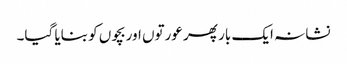
نشانہ ایک بار پھر عورتوں اوربچوں کو بنایا گیا۔